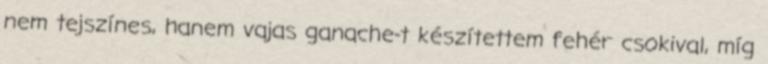
nem tejszínes, hanem vajas ganache-t készítettem fehér csokival, míg